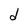
Character: d